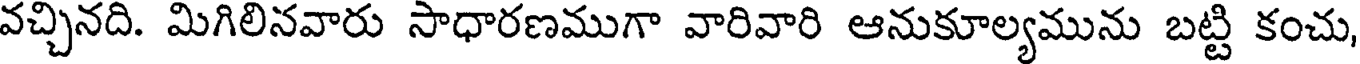
వచ్చినది. మిగిలినవారు సాధారణముగా వారివారి ఆనుకూల్యమును బట్టి కంచు